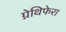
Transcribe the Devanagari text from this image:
ग्नेथिफेरा